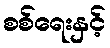
စစ်ရေးနှင့်